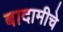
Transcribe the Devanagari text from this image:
बादामीचे